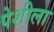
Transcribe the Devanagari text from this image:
पेशीला